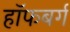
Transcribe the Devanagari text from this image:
हॉफबर्ग